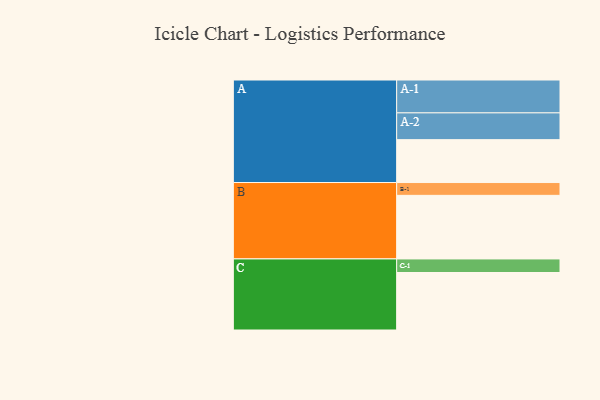
{"axis": {"x": "Segment", "y": "Value"}, "legend": ["", "A", "B", "C"], "data": [{"x": "A", "y": 338, "type": ""}, {"x": "B", "y": 501, "type": ""}, {"x": "C", "y": 453, "type": ""}, {"x": "A-1", "y": 259, "type": "A"}, {"x": "A-2", "y": 211, "type": "A"}, {"x": "B-1", "y": 101, "type": "B"}, {"x": "C-1", "y": 107, "type": "C"}]}